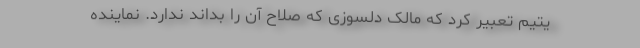
یتیم تعبیر کرد که مالک دلسوزی که صلاح آن را بداند ندارد. نماینده